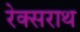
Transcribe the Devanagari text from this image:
रेक्सराथ